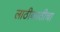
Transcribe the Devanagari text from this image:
लाठीकाठीचा